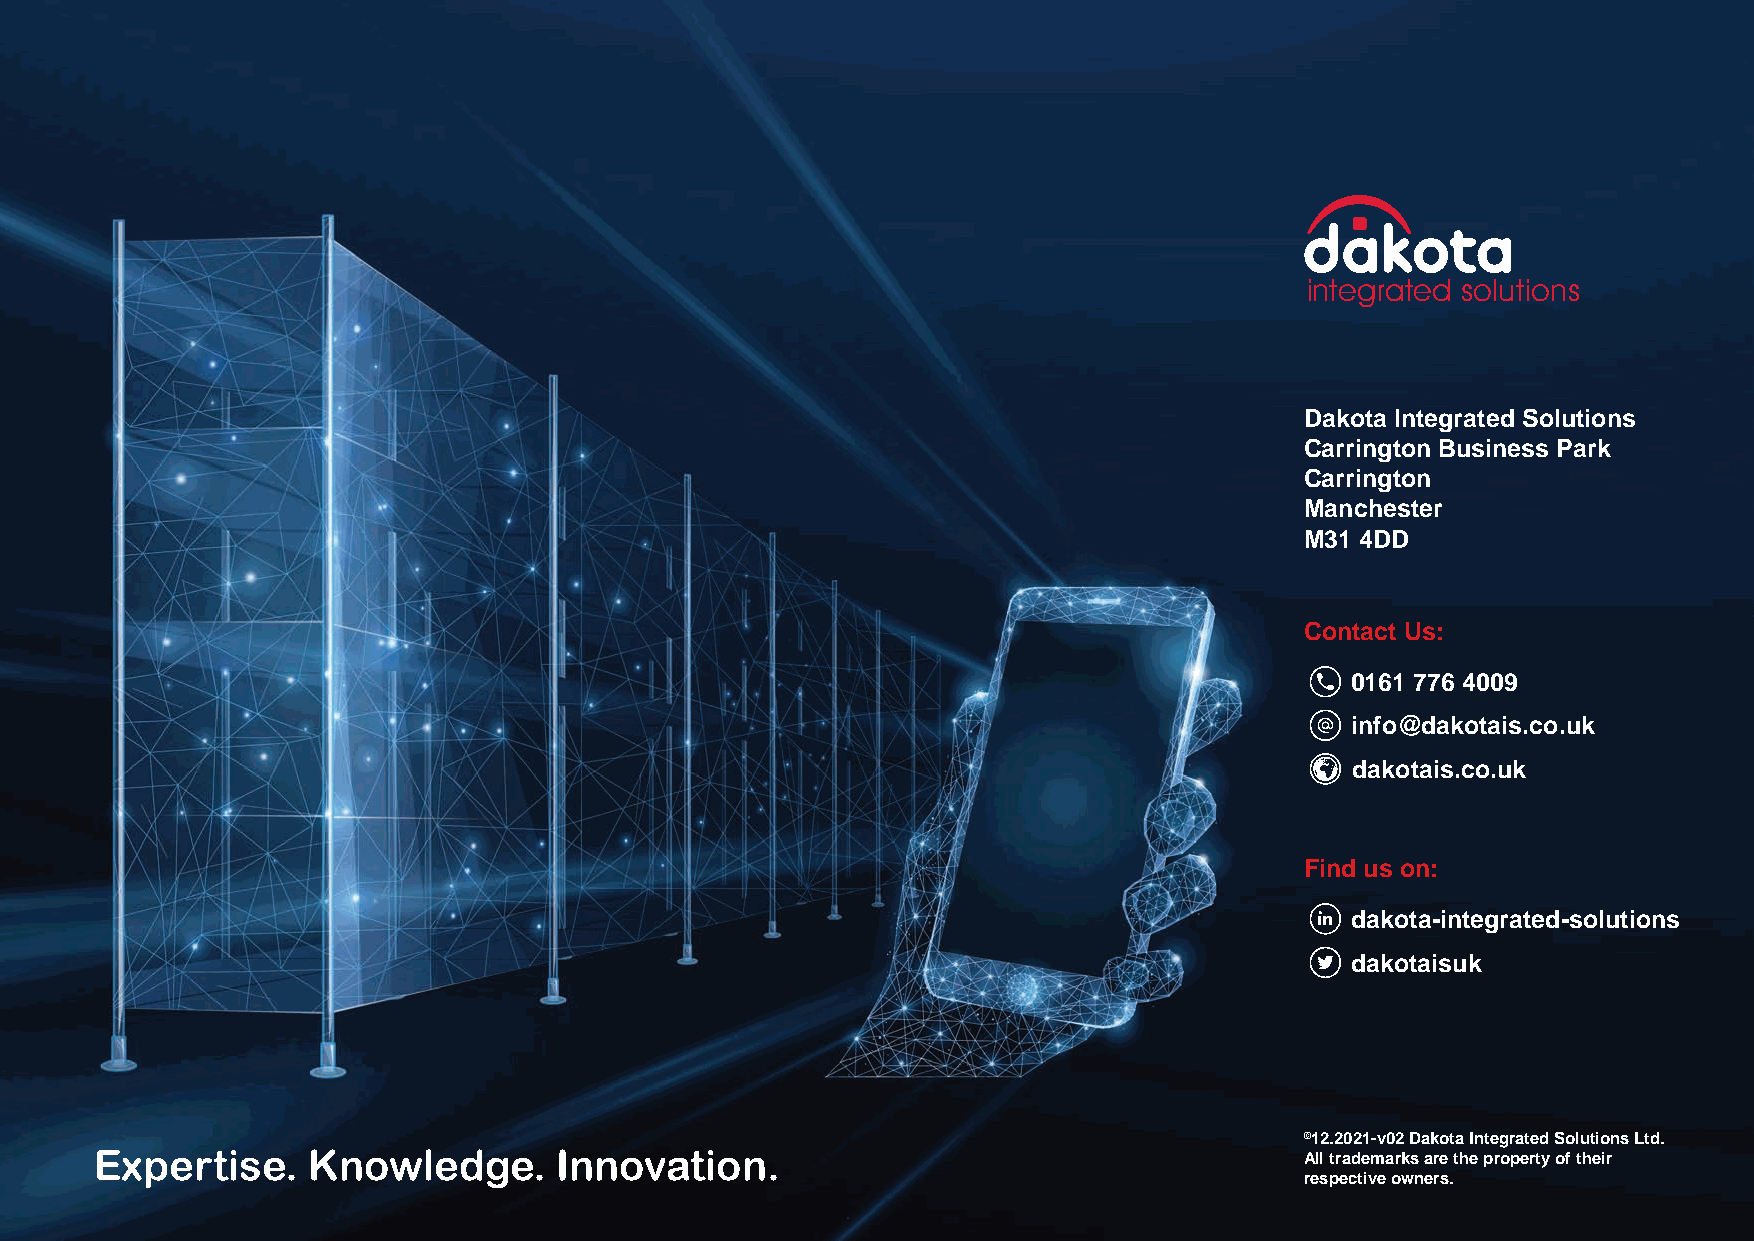
integrated solutions
 Dakota Integrated Solutions
 Carrington Business Park
 Carrington
 Manchester
 M31 4DD
 Contact Us:
 0161 776 4009
 info@dakotais.co.uk
 dakotais.co.uk
 Find us on:
 dakota-integrated-solutions
 dakotaisuk
 ©12.2021-v02 Dakota Integrated Solutions Ltd.
 Expertise.    Knowledge.       Innovation.
 All trademarks are the property of their
 respective owners.